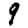
Digit: 9